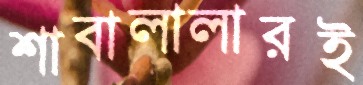
শাবালালারই